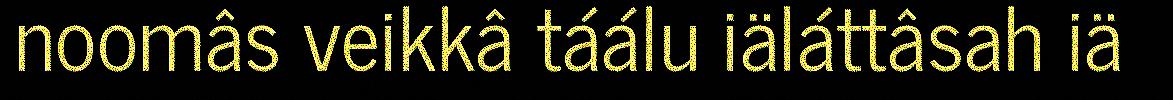
noomâs veikkâ táálu iäláttâsah iä